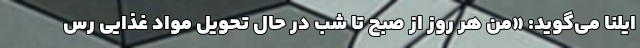
ایلنا می‌گوید: «من هر روز از صبح تا شب در حال تحویل مواد غذایی رس